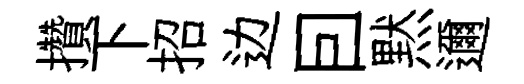
攢下招边囙黙邇